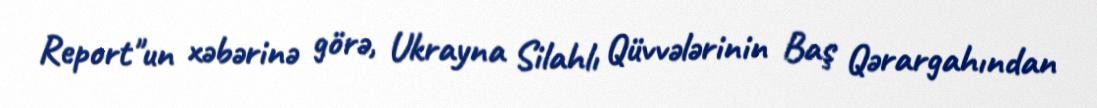
Report"un xəbərinə görə, Ukrayna Silahlı Qüvvələrinin Baş Qərargahından